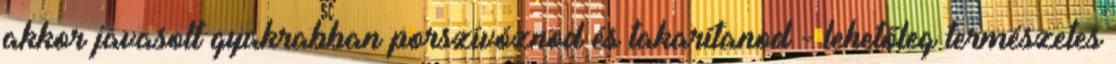
akkor javasolt gyakrabban porszívóznod és takarítanod - lehetőleg természetes